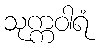
သုက္ကဝါရံ